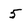
Character: 5